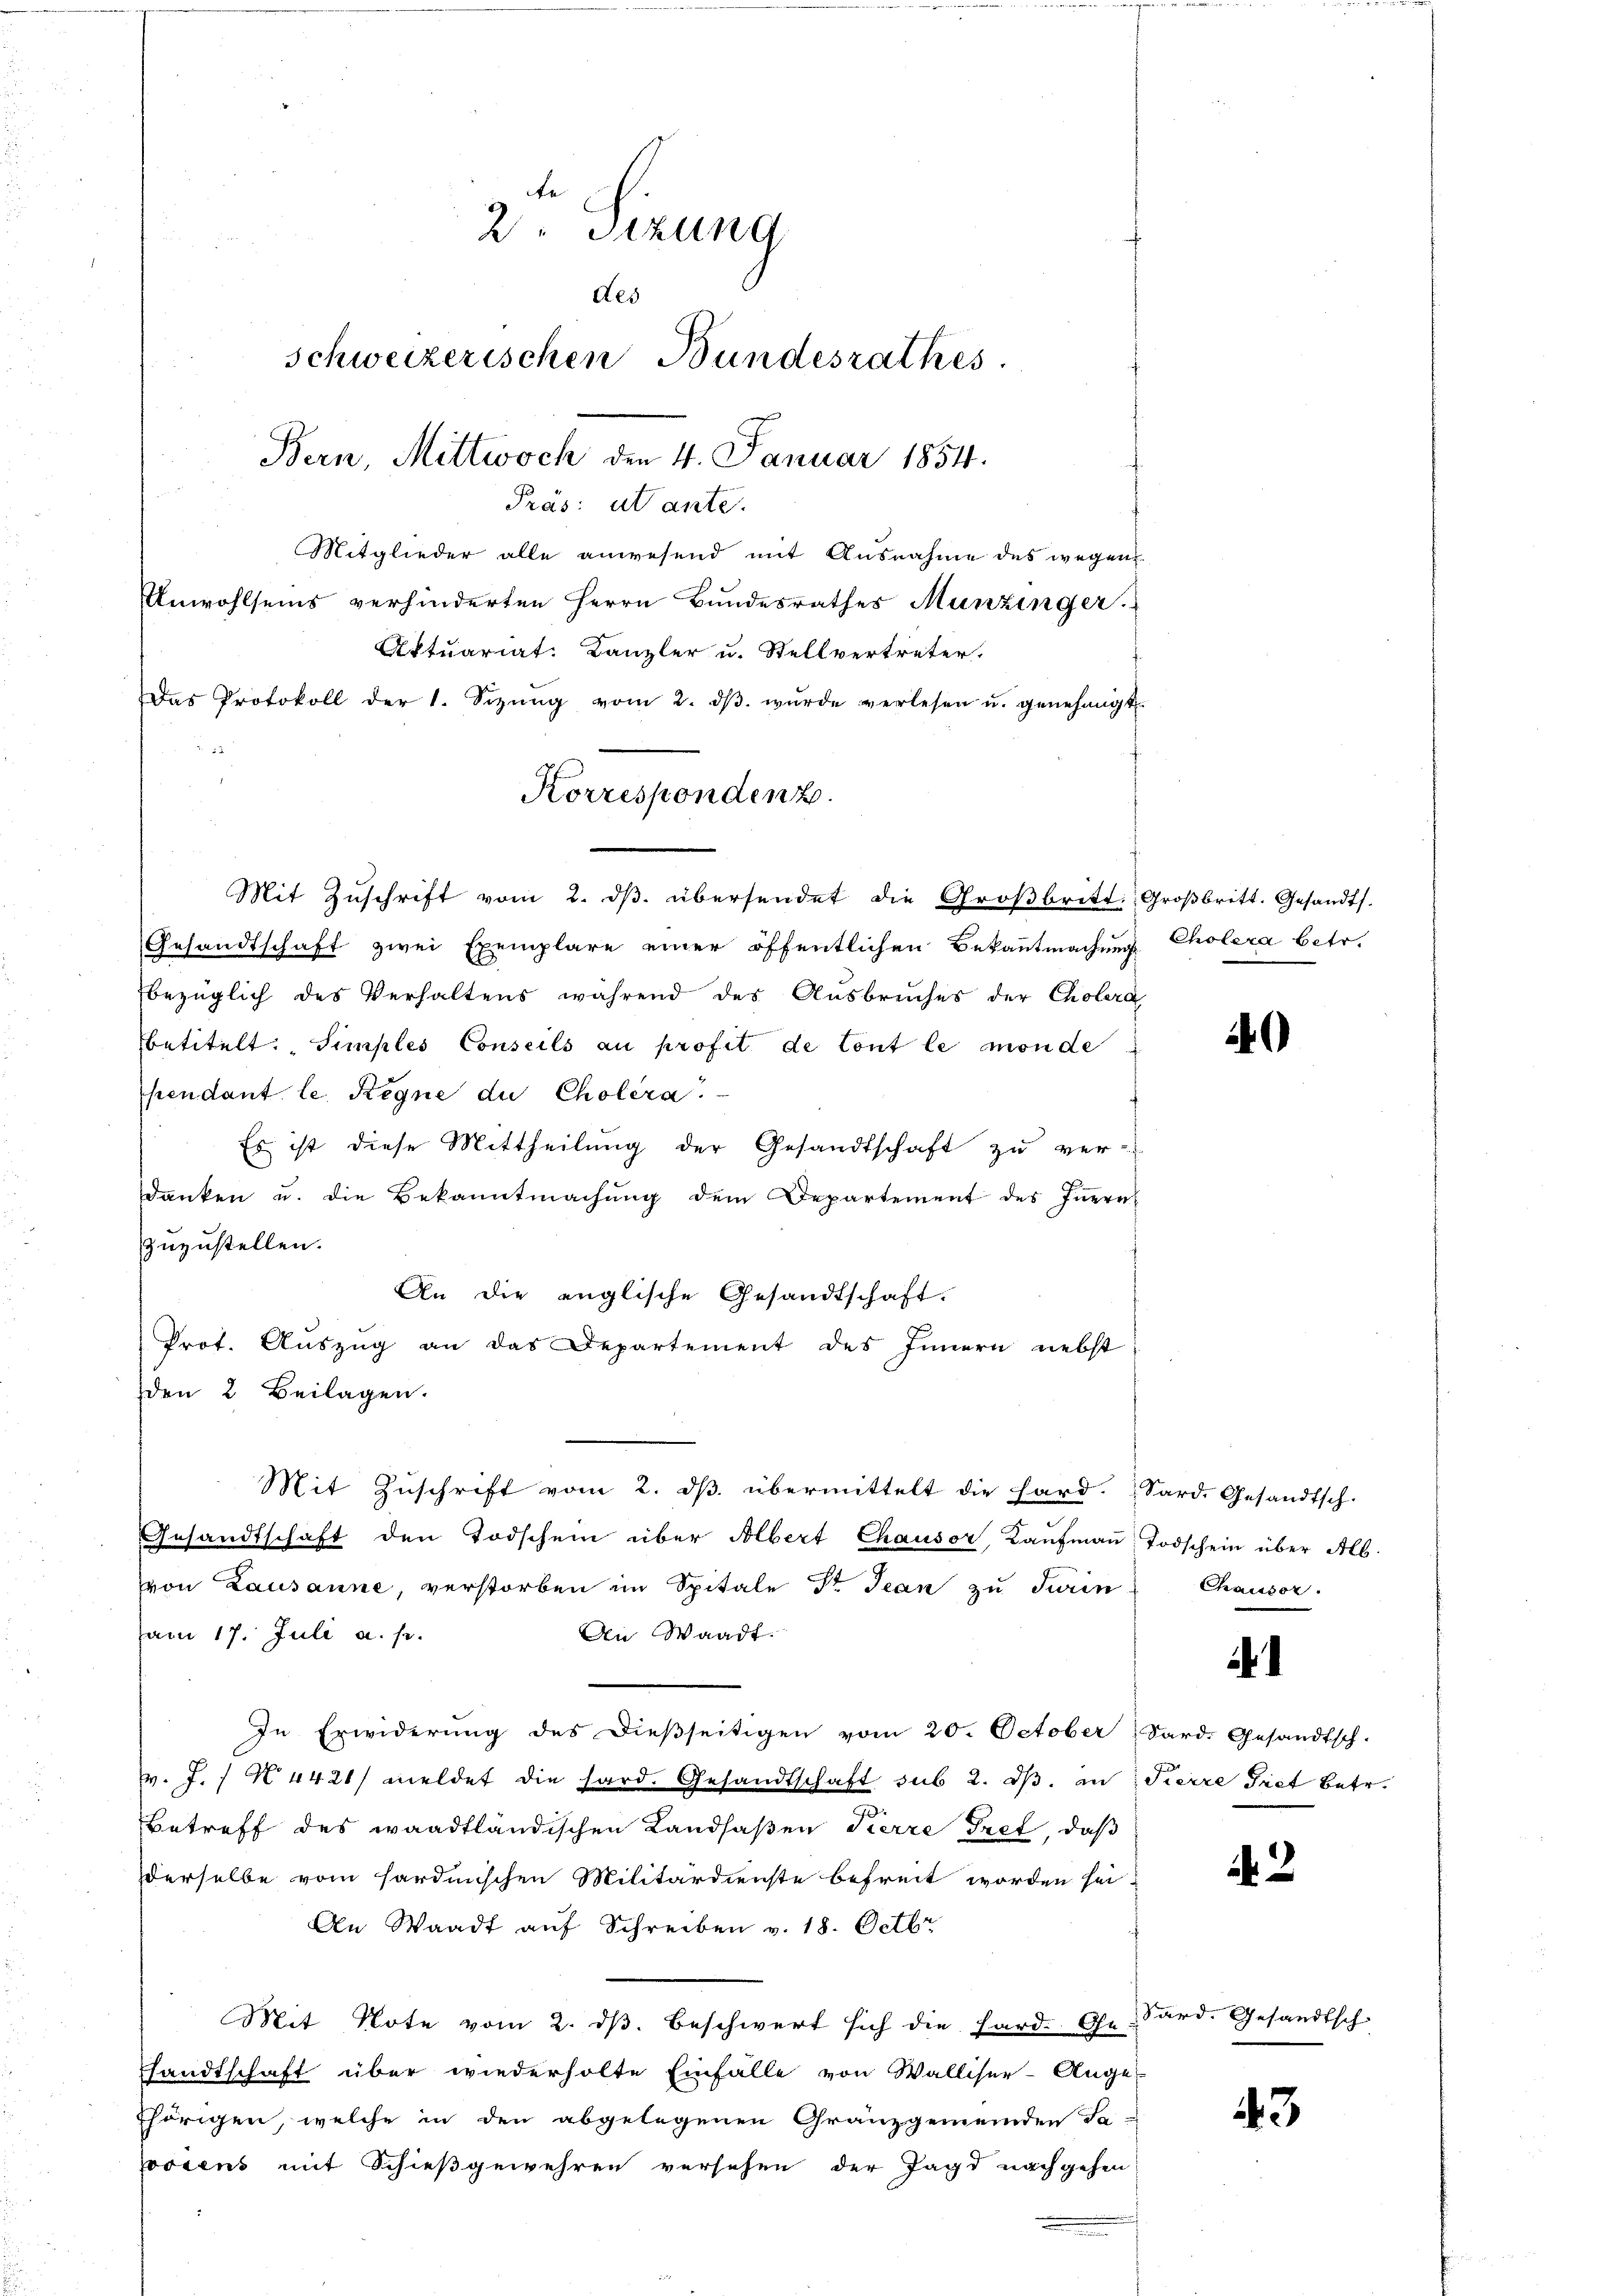
2. Sizung
des
schweizerischen Bundesrathes.
Bern, Mittwoch den 4. Januar 1854.
Präs: utante.
Mitglieder alle anwesend mit Ausnahme des wegen
Unwohlseins verhinderten Herrn Bundesrathes Munzinger
Aktuariat. Kanzler u. Stellvertreter.
Das Protokoll der 1. Sizŭng vom 2. dβ wŭrde verlesen u. genehmigt.

Mit Zŭschrift vom 2. dβ übersendet die Groβbritt: Groβbritt. Gesandts.
Gesandtschaft zwei Exemplare einer öffentlichen Bekanntmachung Cholera betr.
bezüglich des Verhaltens während des Ausbruches der Cholera
betitelt. Simples Conseils au profit de tout le monde
pendant le Regne du Cholera.
Es ist diese Mittheilung der Gesandtschaft zu ver-
danken u. die Bekanntmachŭng dem Departement des Iṅern
zuzustellen.
An die englische Gesandtschaft.
Prot. Auszug an das Departement des Innern nebst
den 2 Beilagen.
Mit Zuschrift vom 2. dβ. übermittelt die Hard. Sard. Gesandtsch.
Gesandtschaft den Todschein über Albert Chausor Kaŭfmaṅ, Todschein über Alb.
von Lausanne, verstorben im Spitale Dr. Jean zu Turin
am 17. Juli a. s.
An Waadt
In Erwiderung des dießseitigen vom 20. October Sard. Gesandtsch-
v. J. N. 4421/ meldet die hard. Gesandtschaft sub 2. dβ an Pierre Triet betr.
Betreff des waadtländischen Landsaßen Pierre Tret, daß
derselbe vom sardinischen Militärdienste befreit worden sei
An Waadt auf Schreiben v. 18. Octbr.
Mit Note vom 2. ds. beschwert sich die Hard. Ge-
sandtschaft über wiederholte Einfälle von Walliser-Ange-
thörigen, welche in den abgelegenen Granzgemeinden Ta-
postens mit Schießgewehren versehen der Jagd nachgehen
.

Korrespondenz.

4

Chauser.

i

3

Sard. Gesandtsch

43